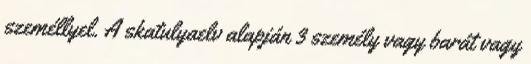
személlyel. A skatulyaelv alapján 3 személy vagy barát vagy